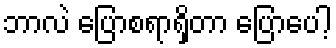
ဘာလဲ ပြောစရာရှိတာ ပြောပေါ့